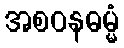
အစဝနဓမ္မံ